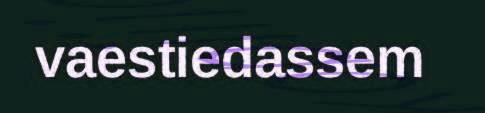
vaestiedassem